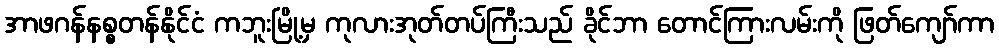
အာဖဂန်နစ္စတန်နိုင်ငံ ကဘူးမြို့မှ ကုလားအုတ်တပ်ကြီးသည် ခိုင်ဘာ တောင်ကြားလမ်းကို ဖြတ်ကျော်ကာ